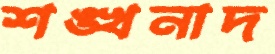
শঙ্খনাদ